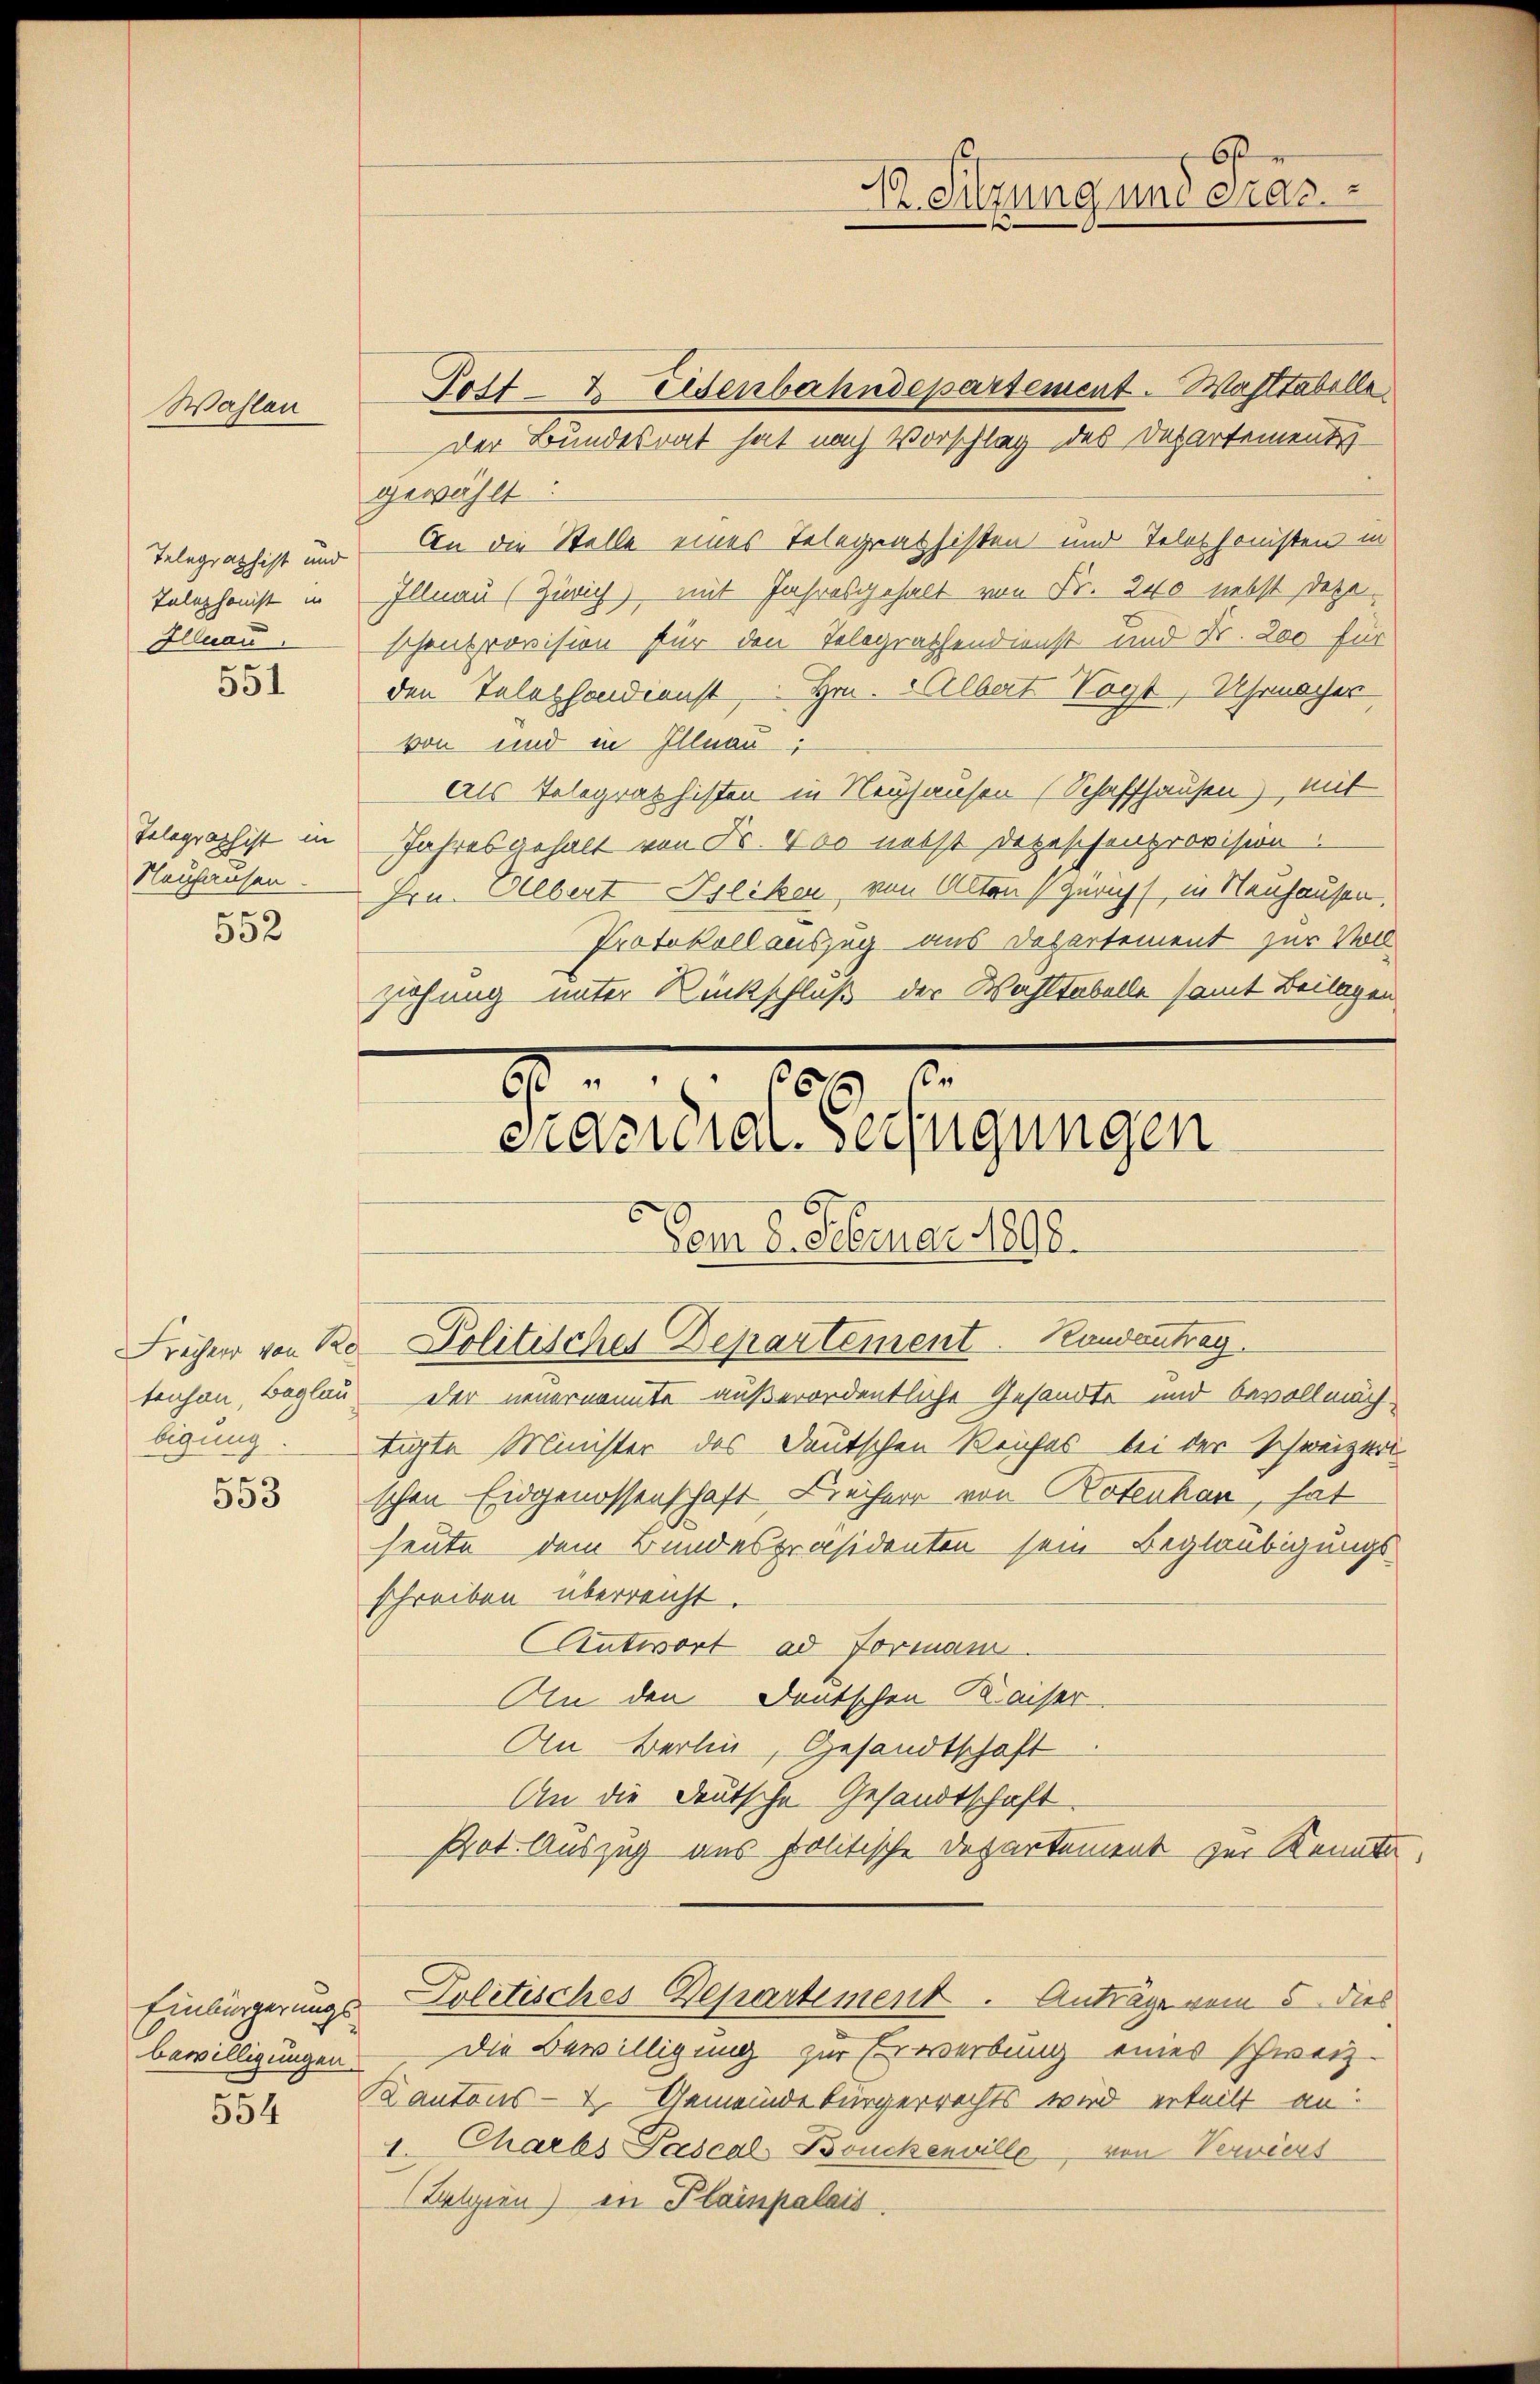
Wahlen

Telegraphist und
Telephonist in
Illnau.

551

Telegraphist in
Neuhausen.
552

tenhan, Beglau

553

bewilligungen

554

Post- & Eisenbahndepartement. Waltabelle
der Bundesrat hat nach Vorschlag des Departements-
gewählt.
An die Stelle eines Telegraphisten und Telephonisten in
Illnau (Zürich, mit Jahresgehalt von Fr. 240 nebst dazu
schensprovision für den Telegrathendienst und Fr. 200 für
den Telephondienst, Hrn. Albert Tag, Uhrmacher
von und in Illnau;
Als Telegraphisten in Neuhausen (Schaffhausen) mit
Jahresgehalt von Fr. 400 nebst Depeschenprovision.
Hrn. Albert Poliken, von Alten Züricht in Neuhausen.
Protokoll auszug aus Departement zur Voll
ziehung unter Rückschluß der Wahltabelle samt Beilagen

664 x
9
cnacidial-Verfügungen
Vom 2. Februar 1808.
Früher von Ro. Politisches Departement. Kandantrag

Der neuernannte außerordentliche Gesandte und bevollmächbigung. Tigte Minister des Deutschen Reiches bei der Schweizerischen Eidgenossenschaft Freiherr von Rotenhan, hat
heute dem Bundespräsidenten sein Beglaubigungsschreiben überreicht.
Antwort ad Formann.
Aln den Deutschen Kaiser-
An Berlin, Gesandtschaft
An die deutsche Gesandtschaft.
Prot. Auszug aus politische Departement zur Kennte,
Einbürgerungs Politisches Departement. Anträge vom 5. dies
Die Bewilligung zur Erwerbung eines schweiz.
Kantons - Gemeindebürgerrechts wird erteilt an:
1 Charbs Pascal Bruchenville, von Verviers
Lalizien) in Plainpalais

6
Er Sitzung und Gras
e